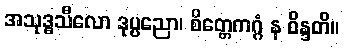
အသုဒ္ဓသီလော ဒုပ္ပညော၊ စိတ္တေကဂ္ဂံ န ဝိန္ဒတိ။